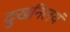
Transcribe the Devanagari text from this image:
दुःखनिलयं